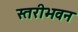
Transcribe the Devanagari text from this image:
स्तरीभवन